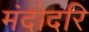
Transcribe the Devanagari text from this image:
मंदोदरि